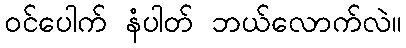
ဝင်ပေါက် နံပါတ် ဘယ်လောက်လဲ။